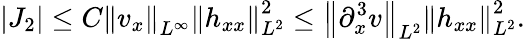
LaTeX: |J_{2}|\leq C\left\| v_{x}\right\| _{L^{\infty}}\left\| h_{xx}\right\| _{L^{2}}^{2}\leq\left\| \partial_{x}^{3}v\right\| _{L^{2}}\left\| h_{xx}\right\| _{L^{2}}^{2}.